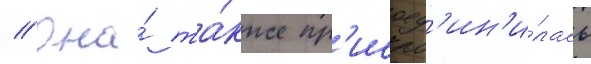
// Она́ та́кже пр'исоед'ин'и́лась